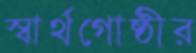
স্বার্থগোষ্ঠীর